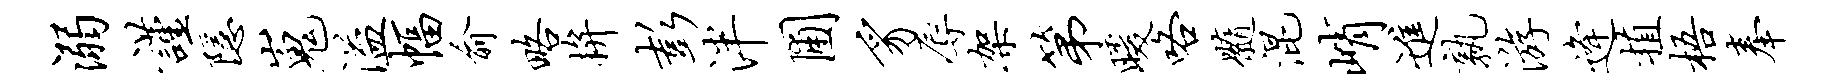
溺谨隐嵬溢幅俞略拚彭泮圃豸辱架第暖咯髓混峭进孰游逄植梧奉